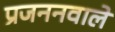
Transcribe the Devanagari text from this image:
प्रजननवाले